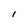
Character: l